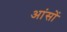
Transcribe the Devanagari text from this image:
आंसों